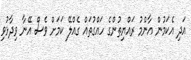
އަދި އެކަމުން އާންމު ރައްޔިތުންގެ ހައްގުތައް ގެއްލޭ ކަމަށް ވެސް އޭނާ ވިދާޅުވި